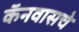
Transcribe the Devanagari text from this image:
कॅनवासचे